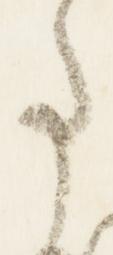
事